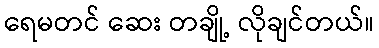
ရေမတင် ဆေး တချို့ လိုချင်တယ်။